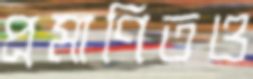
প্রমাণিতও